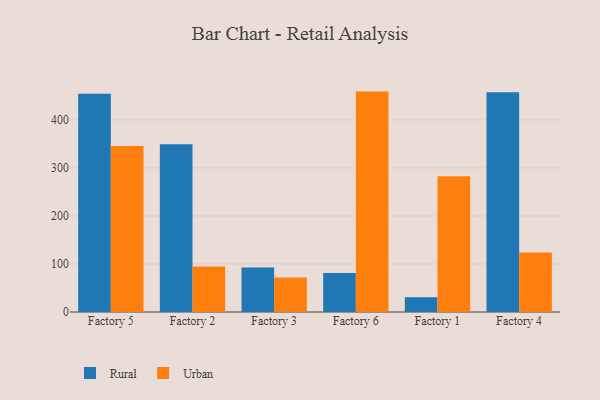
{"axis": {"x": "Factory", "y": "Headcount"}, "legend": ["Rural", "Urban"], "data": [{"x": "Factory 5", "y": 454.5, "type": "Rural"}, {"x": "Factory 5", "y": 345.8, "type": "Urban"}, {"x": "Factory 2", "y": 349.5, "type": "Rural"}, {"x": "Factory 2", "y": 94.8, "type": "Urban"}, {"x": "Factory 3", "y": 92.5, "type": "Rural"}, {"x": "Factory 3", "y": 71.9, "type": "Urban"}, {"x": "Factory 6", "y": 81.1, "type": "Rural"}, {"x": "Factory 6", "y": 459.0, "type": "Urban"}, {"x": "Factory 1", "y": 30.5, "type": "Rural"}, {"x": "Factory 1", "y": 282.8, "type": "Urban"}, {"x": "Factory 4", "y": 457.6, "type": "Rural"}, {"x": "Factory 4", "y": 124.0, "type": "Urban"}]}